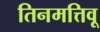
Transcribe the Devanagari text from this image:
तिनमत्तिवू